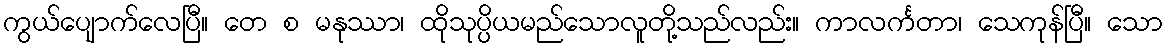
ကွယ်ပျောက်လေပြီ။ တေ စ မနုဿာ၊ ထိုသုပ္ပိယမည်သောလူတို့သည်လည်း။ ကာလင်္ကတာ၊ သေကုန်ပြီ။ သော